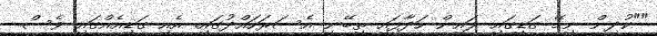
""ކުދިން ނިމޭ ގަޑީގައި ލައިން ހަދާފައި ތިބޭނީ އެސަރަހައްދުގައި. އެއި ގަޑިއެއްގައި ވެސް